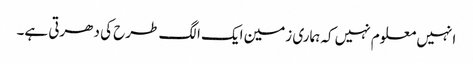
انہیں معلوم نہیں کہ ہماری زمین ایک الگ طرح کی دھرتی ہے۔